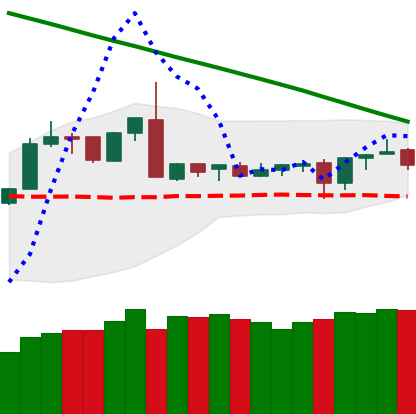
Ticker: XMR-USD
Chart end date: 2019-03-08
Forward return: 4.043%
Label: up_3_5